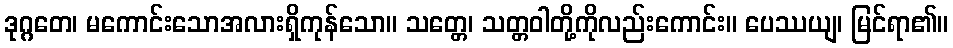
ဒုဂ္ဂတေ၊ မကောင်းသောအလားရှိကုန်သော။ သတ္တေ၊ သတ္တဝါတို့ကိုလည်းကောင်း။ ပေဿယျ၊ မြင်ရာ၏။